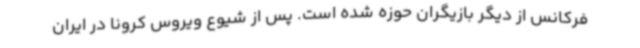
فرکانس از دیگر بازیگران حوزه شده است. پس از شیوع ویروس کرونا در ایران